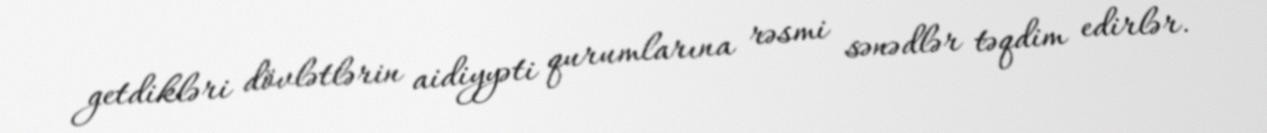
getdikləri dövlətlərin aidiyyəti qurumlarına rəsmi sənədlər təqdim edirlər.